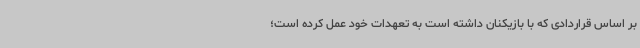
بر اساس قراردادی که با بازیکنان داشته است به تعهدات خود عمل کرده است؛